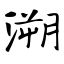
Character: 溯